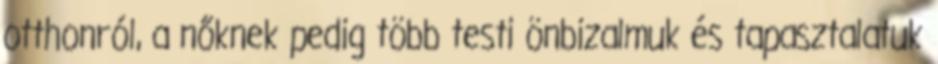
otthonról, a nőknek pedig több testi önbizalmuk és tapasztalatuk